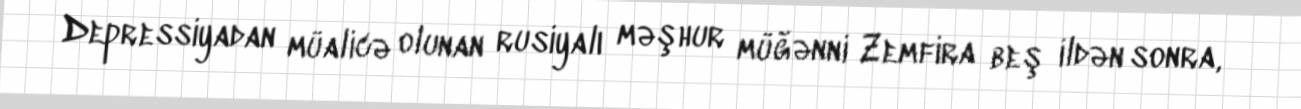
Depressiyadan müalicə olunan rusiyalı məşhur müğənni Zemfira beş ildən sonra,